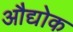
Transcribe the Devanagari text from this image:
औद्योक